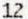
12